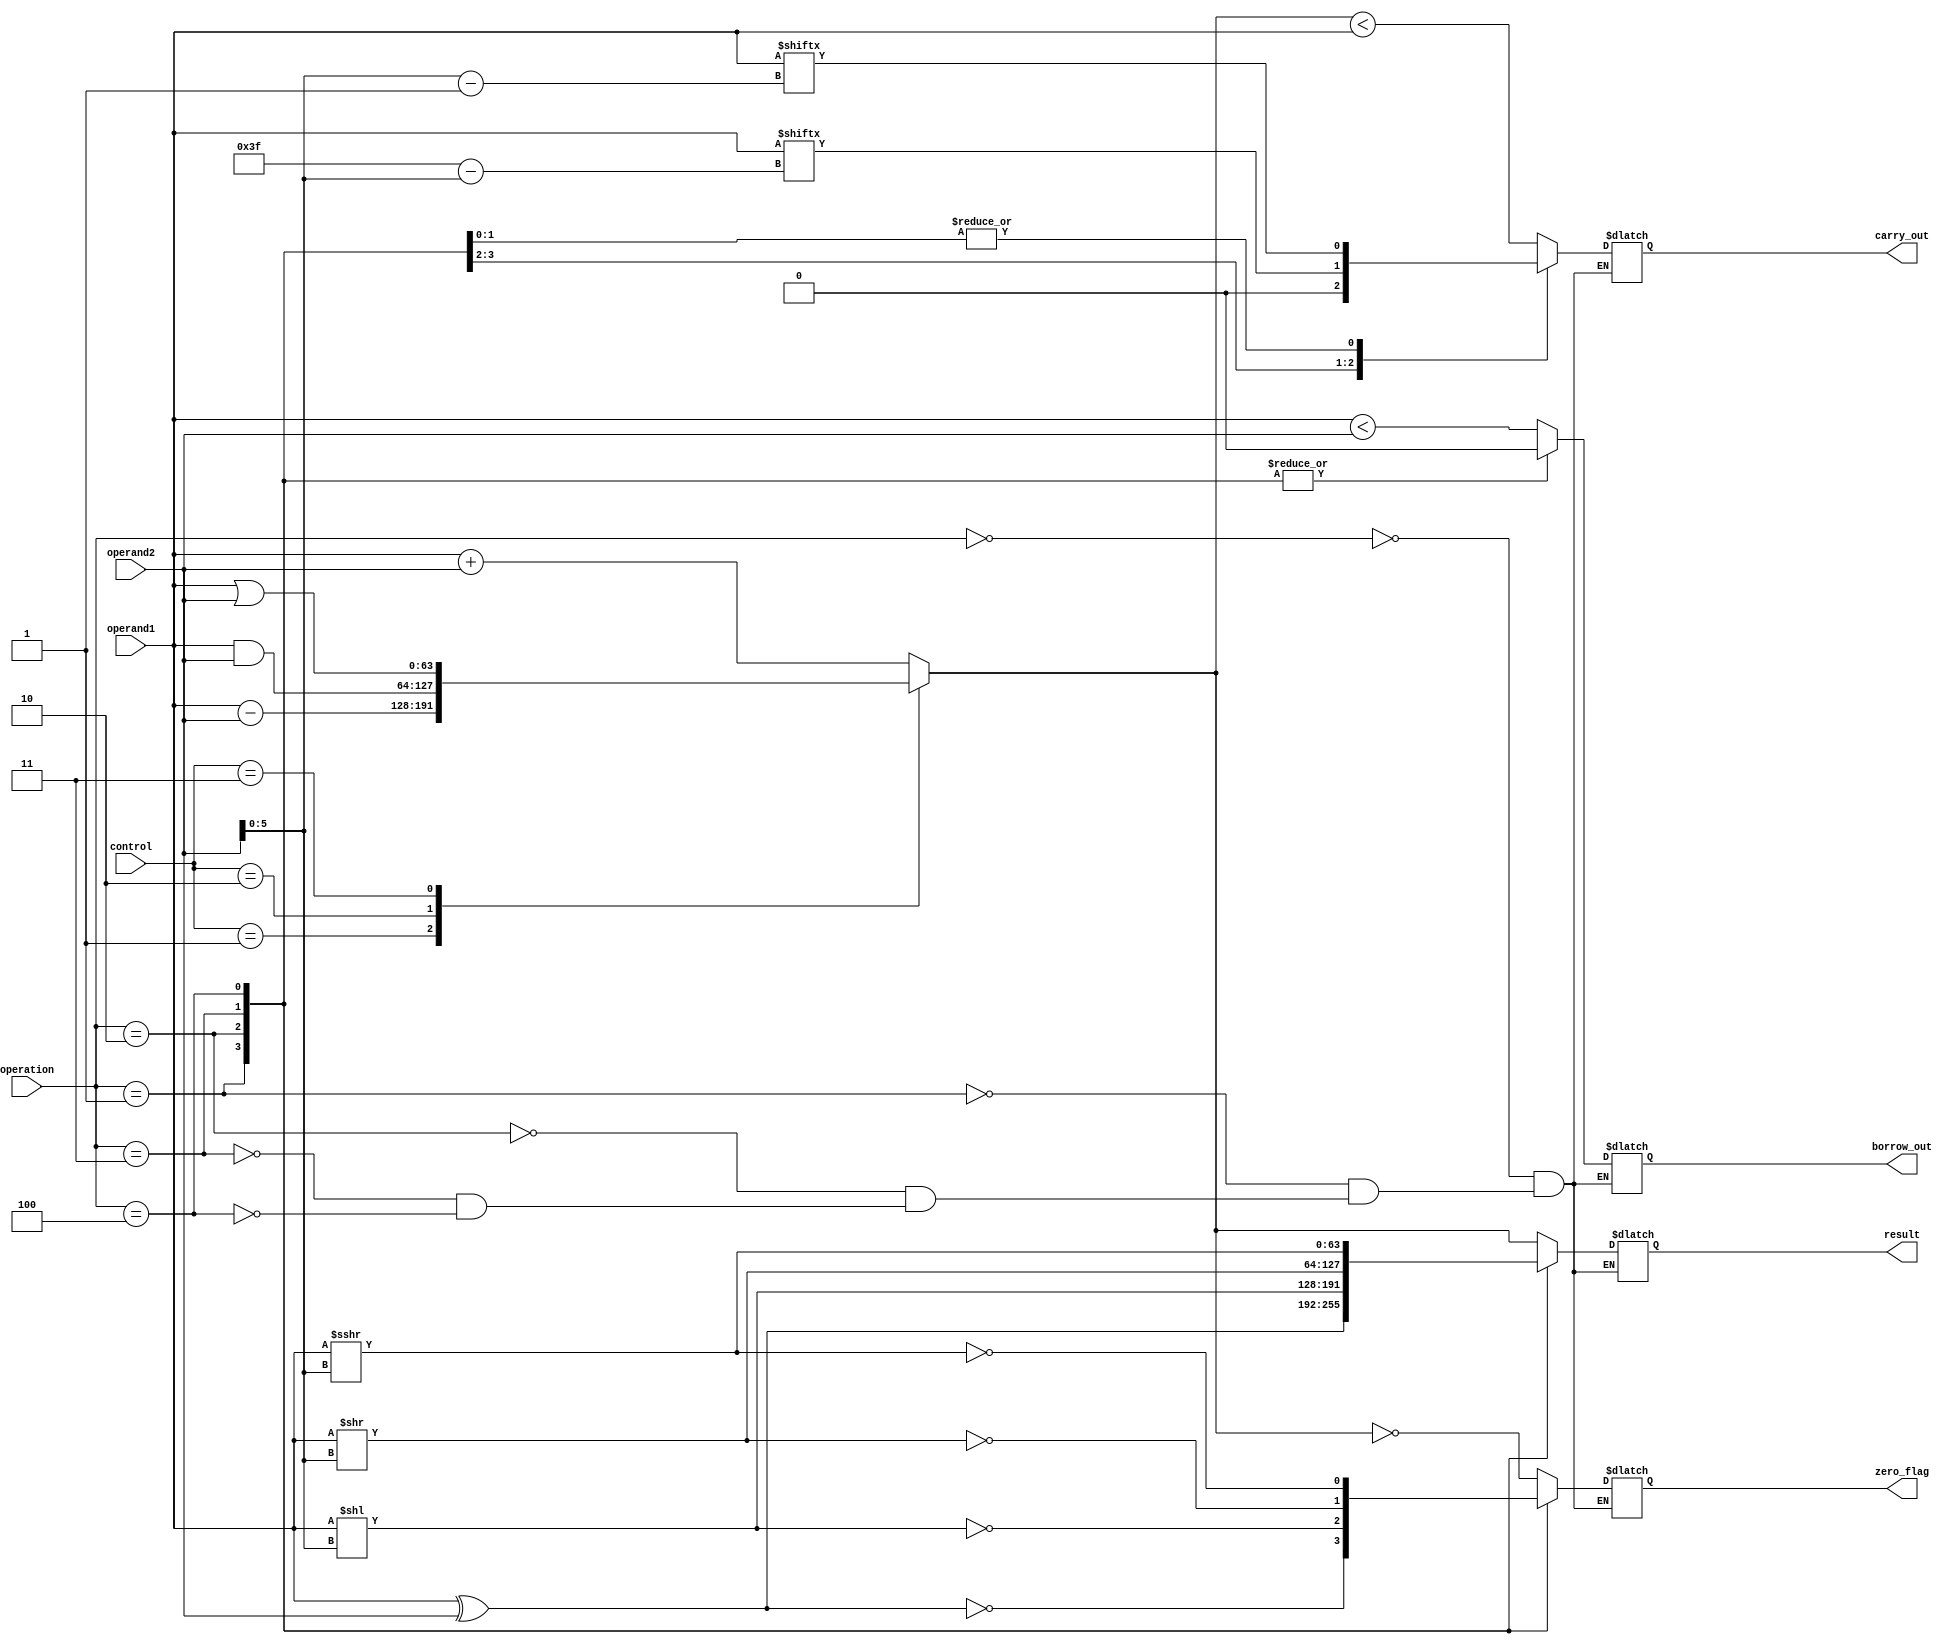
module ALU_64bit (
  input [63:0] operand1,
  input [63:0] operand2,
  input [2:0] operation,
  input [1:0] control,
  output reg [63:0] result,
  output reg zero_flag,
  output reg carry_out,
  output reg borrow_out
);

always @(*) begin
  case(operation)
    3'b000: // addition
      begin
        case(control)
          2'b00: result = operand1 + operand2; // add
          2'b01: result = operand1 - operand2; // subtract
          2'b10: result = operand1 & operand2; // AND
          2'b11: result = operand1 | operand2; // OR
        endcase
        zero_flag = (result == 64'h0);
        carry_out = (result < operand1);
        borrow_out = (operand1 < operand2);
      end
    3'b001: // XOR
      begin
        result = operand1 ^ operand2;
        zero_flag = (result == 64'h0);
        carry_out = 1'b0;
        borrow_out = 1'b0;
      end
    3'b010: // shift left
      begin
        result = operand1 << operand2[5:0];
        zero_flag = (result == 64'h0);
        carry_out = operand1[63 - operand2[5:0]];
        borrow_out = 1'b0;
      end
    3'b011: // shift right logic
      begin
        result = operand1 >> operand2[5:0];
        zero_flag = (result == 64'h0);
        carry_out = operand1[operand2[5:0] - 1];
        borrow_out = 1'b0;
      end
    3'b100: // shift right arithmetic
      begin
        result = $signed(operand1) >>> operand2[5:0];
        zero_flag = (result == 64'h0);
        carry_out = operand1[operand2[5:0] - 1];
        borrow_out = 1'b0;
      end
  endcase
end

endmodule